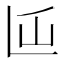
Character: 𰀵